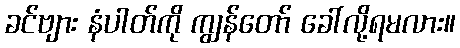
ခင်ဗျား နံပါတ်ကို ကျွန်တော် ခေါ်လို့ရမလား။